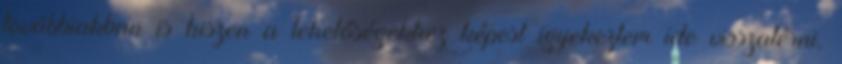
továbbiakban is hiszen a lehetőségekhez képest igyekeztem ide visszatérni.